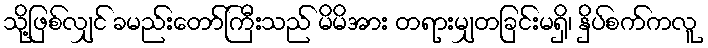
သို့ဖြစ်လျှင် ခမည်းတော်ကြီးသည် မိမိအား တရားမျှတခြင်းမရှိ၊ နှိပ်စက်ကလူ